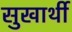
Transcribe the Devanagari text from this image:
सुखार्थी